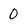
Character: 0